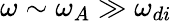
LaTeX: \omega\sim\omega_{A}\gg\omega_{di}